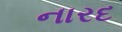
નારદ